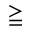
\geqq